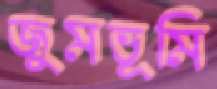
জুমভূমি